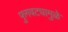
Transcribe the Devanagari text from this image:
फुगवट्यामुळे